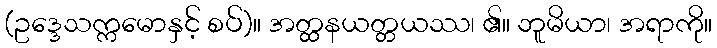
(ဥဒ္ဒေသက္ကမောနှင့် စပ်)။ အတ္ထနယတ္တယဿ၊ ၏။ ဘူမိယာ၊ အရာကို။